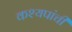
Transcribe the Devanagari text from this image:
कश्यपांची